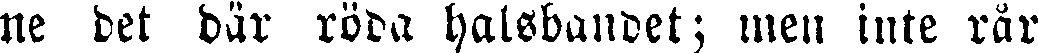
ne det där röda halsbandet; men inte rår